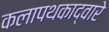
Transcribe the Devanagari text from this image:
कलापथकाद्वारे